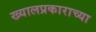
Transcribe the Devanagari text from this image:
ख्यालप्रकाराच्या